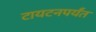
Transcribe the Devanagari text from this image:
टायटनपर्यंत